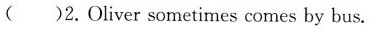
( )2.Oliver sometimes comes by bus.